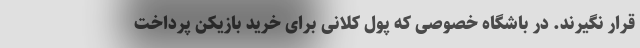
قرار نگیرند. در باشگاه خصوصی که پول کلانی برای خرید بازیکن پرداخت